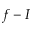
f - I